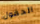
الحقول